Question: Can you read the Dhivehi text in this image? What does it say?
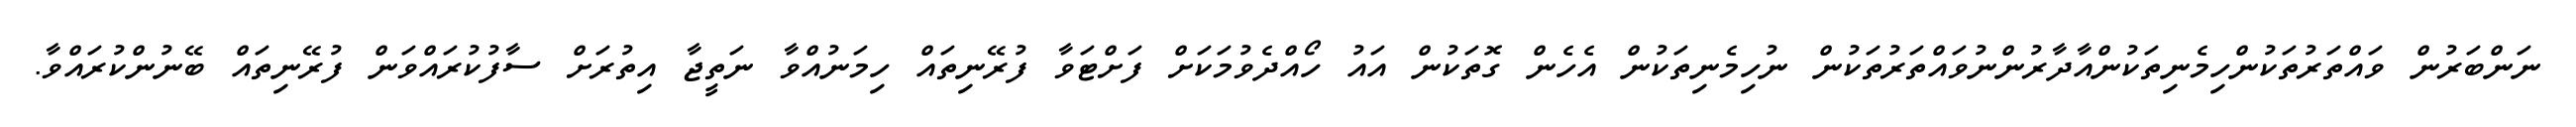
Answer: ނަންބަރުން ވައްތަރުތަކުންހިމެނިތަކުންއާދާރުންނުވައްތަރުތަކުން ނުހިމެނިތަކުން އެހެން ގޮތަކުން އައު ހޯއްދެވުމަކަށް ފަށްޓަވާ ފުރޭނިތައް ހިމަނުއްވާ ނަތީޖާ އިތުރަށް ސާފުކުރައްވަން ފުރޭނިތައް ބޭނުންކުރައްވާ.